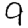
Digit: 9